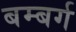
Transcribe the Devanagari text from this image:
बम्बर्ग